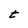
Character: t